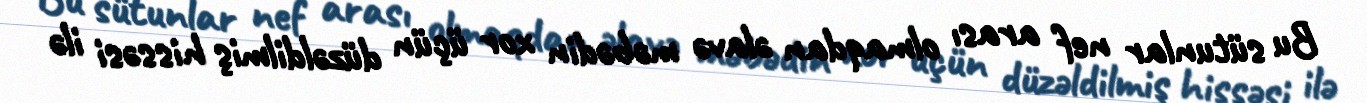
Bu sütunlar nef arası olmaqdan əlavə məbədin xor üçün düzəldilmiş hissəsi ilə